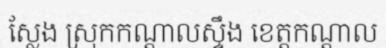
ស្លែង ស្រុកកណ្តាលស្ទឹង ខេត្តកណ្តាល